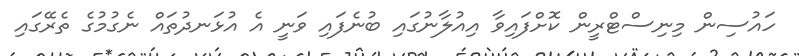
ހައުސިން މިނިސްޓްރީން ކޮށްފައިވާ އިއުލާނުގައި ބުނެފައި ވަނީ އެ އުޅަނދުތައް ނެގުމުގެ ތެރޭގައި